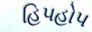
હિપહોપ